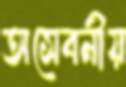
অসেবনীয়